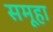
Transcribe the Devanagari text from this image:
समूहा